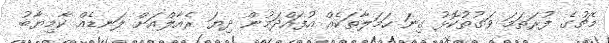
މެޗުގެ ފުރަތަމަ ވަގުތުކޮޅު ގިނަ ހަމަލާތަކެއް އުފައްދަމުން ދިޔަ ރެއާލްއަށް ލަނޑެއް ކާމިޔާބު